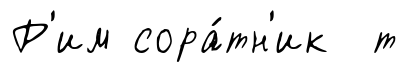
Р'им сора́тн'ик т